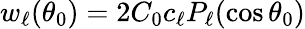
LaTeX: w_{\ell}(\theta_{0})=2C_{0}c_{\ell}P_{\ell}(\cos\theta_{0})